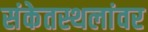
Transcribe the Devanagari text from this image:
संकेतस्थलांवर